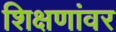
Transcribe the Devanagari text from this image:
शिक्षणांवर